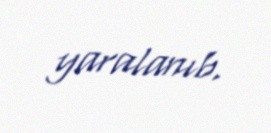
yaralanıb.